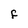
Character: F